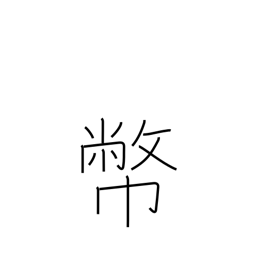
Meaning: gift